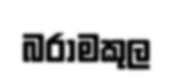
බරාමකුල